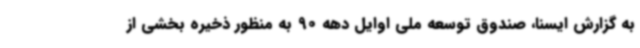
به گزارش ایسنا، صندوق توسعه ملی اوایل دهه 90 به منظور ذخیره بخشی از